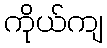
ကိုယ်ကျ